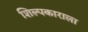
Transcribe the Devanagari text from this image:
शिल्पकाराला